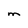
Character: M